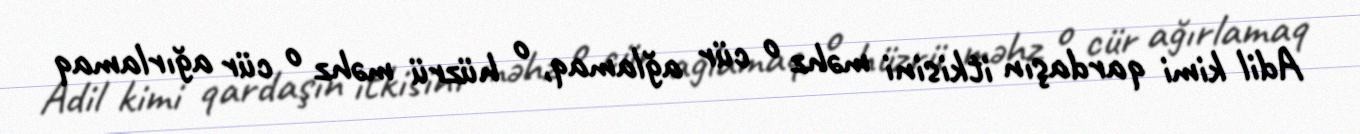
Adil kimi qardaşın itkisini məhz o cür ağlamaq, o hüzrü məhz o cür ağırlamaq